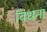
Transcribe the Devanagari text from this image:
विधना